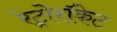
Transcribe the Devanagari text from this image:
रेट्रोरॉकेट